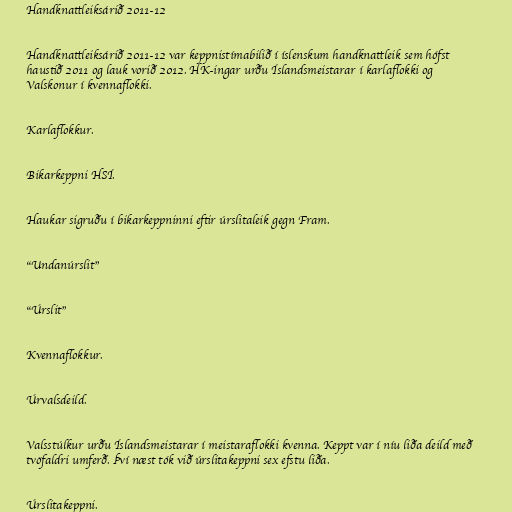
Handknattleiksárið 2011-12

Handknattleiksárið 2011-12 var keppnistímabilið í íslenskum handknattleik sem hófst
haustið 2011 og lauk vorið 2012. HK-ingar urðu Íslandsmeistarar í karlaflokki og
Valskonur í kvennaflokki.

Karlaflokkur.

Bikarkeppni HSÍ.

Haukar sigruðu í bikarkeppninni eftir úrslitaleik gegn Fram.

"Undanúrslit"

"Úrslit"

Kvennaflokkur.

Úrvalsdeild.

Valsstúlkur urðu Íslandsmeistarar í meistaraflokki kvenna. Keppt var í níu liða deild með
tvöfaldri umferð. Því næst tók við úrslitakeppni sex efstu liða.

Úrslitakeppni.